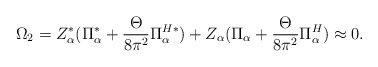
\begin{align*}\Omega_{2}=Z_{\alpha}^{*}(\Pi_{\alpha}^{*}+\frac{\Theta}{8\pi^{2}}\Pi_{\alpha}^{H*})+Z_{\alpha}(\Pi_{\alpha}+\frac{\Theta}{8\pi^{2}}\Pi_{\alpha}^{H})\approx 0. \end{align*}